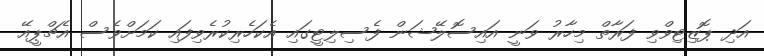
އަދި ޕޮޒިޓިވްވި ފަރާތް މިހާރު ވަނީ އައިސޮލޭޝަން ފެސިލިޓީގައި އެކަހެރިކުރެވިފައި ކަމަށްވެސް އެޗްޕީއޭ